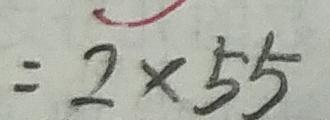
= 2 \times 5 5